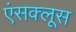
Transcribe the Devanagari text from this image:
एंसक्लूस